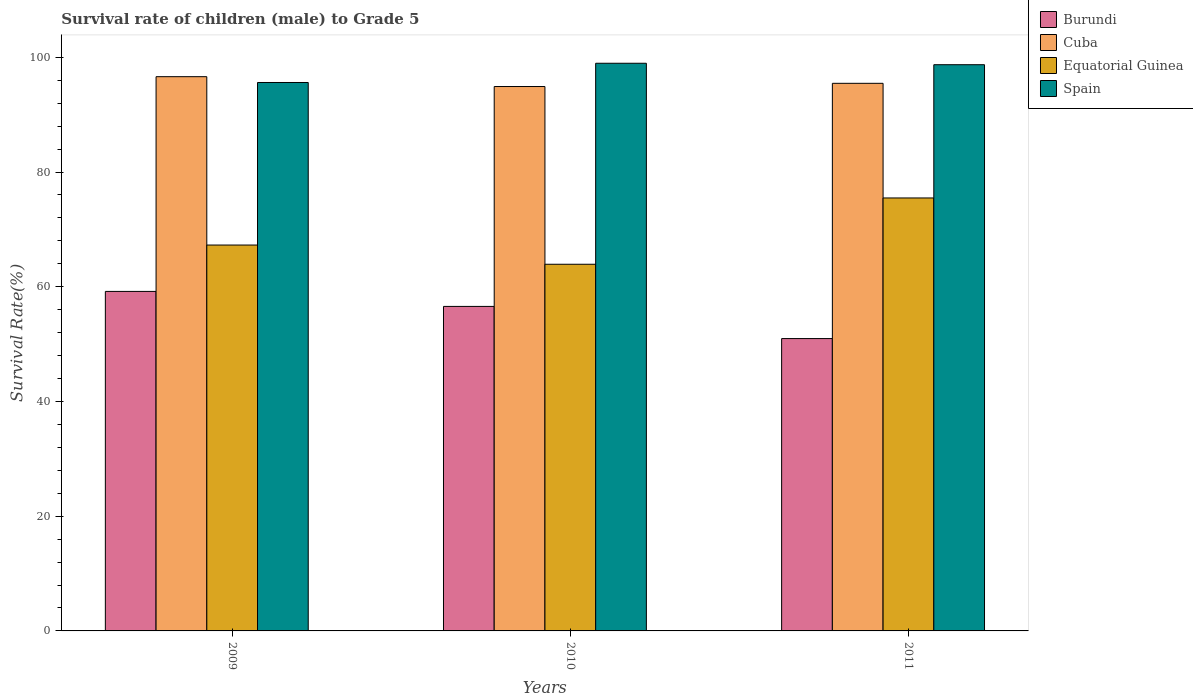
| Years | Burundi | Cuba | Equatorial Guinea | Spain |
 | --- | --- | --- | --- | --- |
 | 2009 | 59.2 | 96.6 | 67.3 | 95.6 |
 | 2010 | 56.6 | 94.9 | 63.9 | 99 |
 | 2011 | 51 | 95.5 | 75.5 | 98.7 |